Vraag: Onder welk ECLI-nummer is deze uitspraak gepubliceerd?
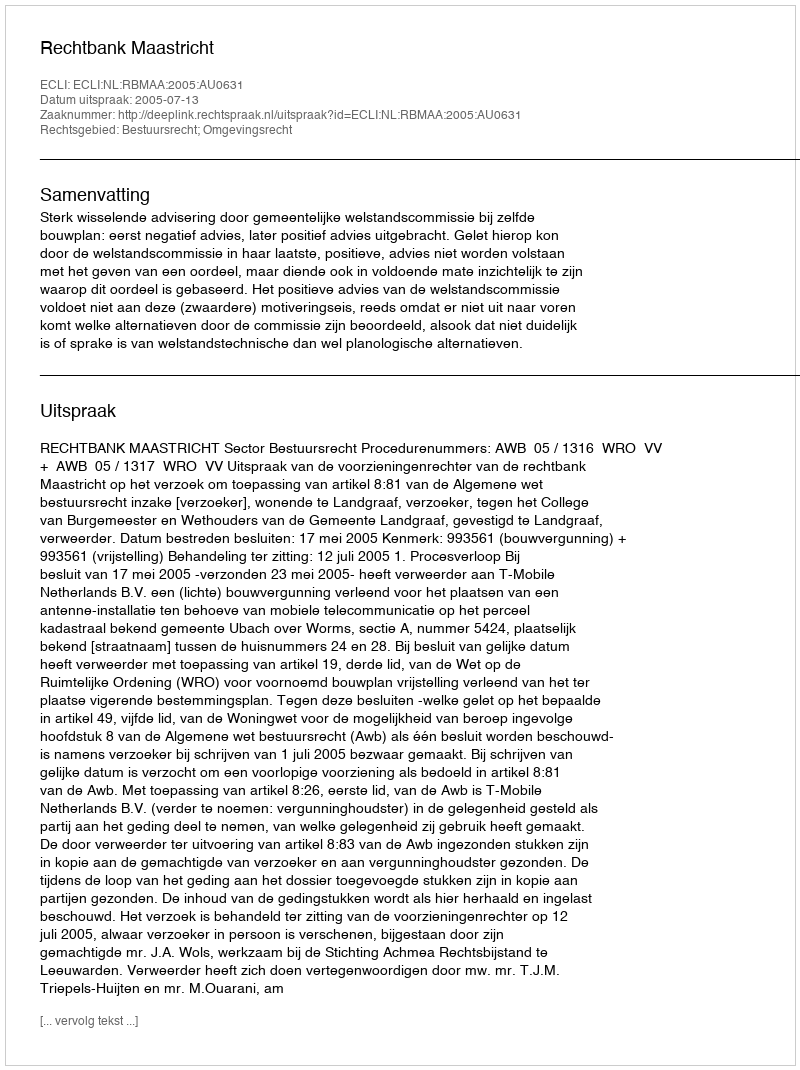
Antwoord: ECLI:NL:RBMAA:2005:AU0631